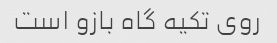
روی تکیه گاه بازو است